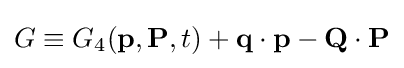
{\textstyle G\equiv G_{4}(\mathbf {p} ,\mathbf {P} ,t)+\mathbf {q} \cdot \mathbf {p} -\mathbf {Q} \cdot \mathbf {P} }